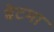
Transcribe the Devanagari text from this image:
बेटमा